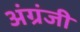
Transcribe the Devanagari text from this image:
अंग्रंजी